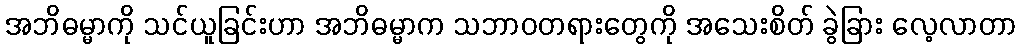
အဘိဓမ္မာကို သင်ယူခြင်းဟာ အဘိဓမ္မာက သဘာဝတရားတွေကို အသေးစိတ် ခွဲခြား လေ့လာတာ